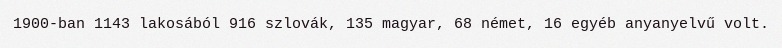
1900-ban 1143 lakosából 916 szlovák, 135 magyar, 68 német, 16 egyéb anyanyelvű volt.